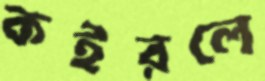
কইরলে